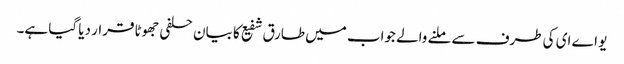
یو اے ای کی طرف سے ملنے والے جواب میں طارق شفیع کا بیان حلفی جھوٹا قرار دیا گیا ہے۔